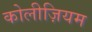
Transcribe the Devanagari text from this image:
कोलीज़ियम